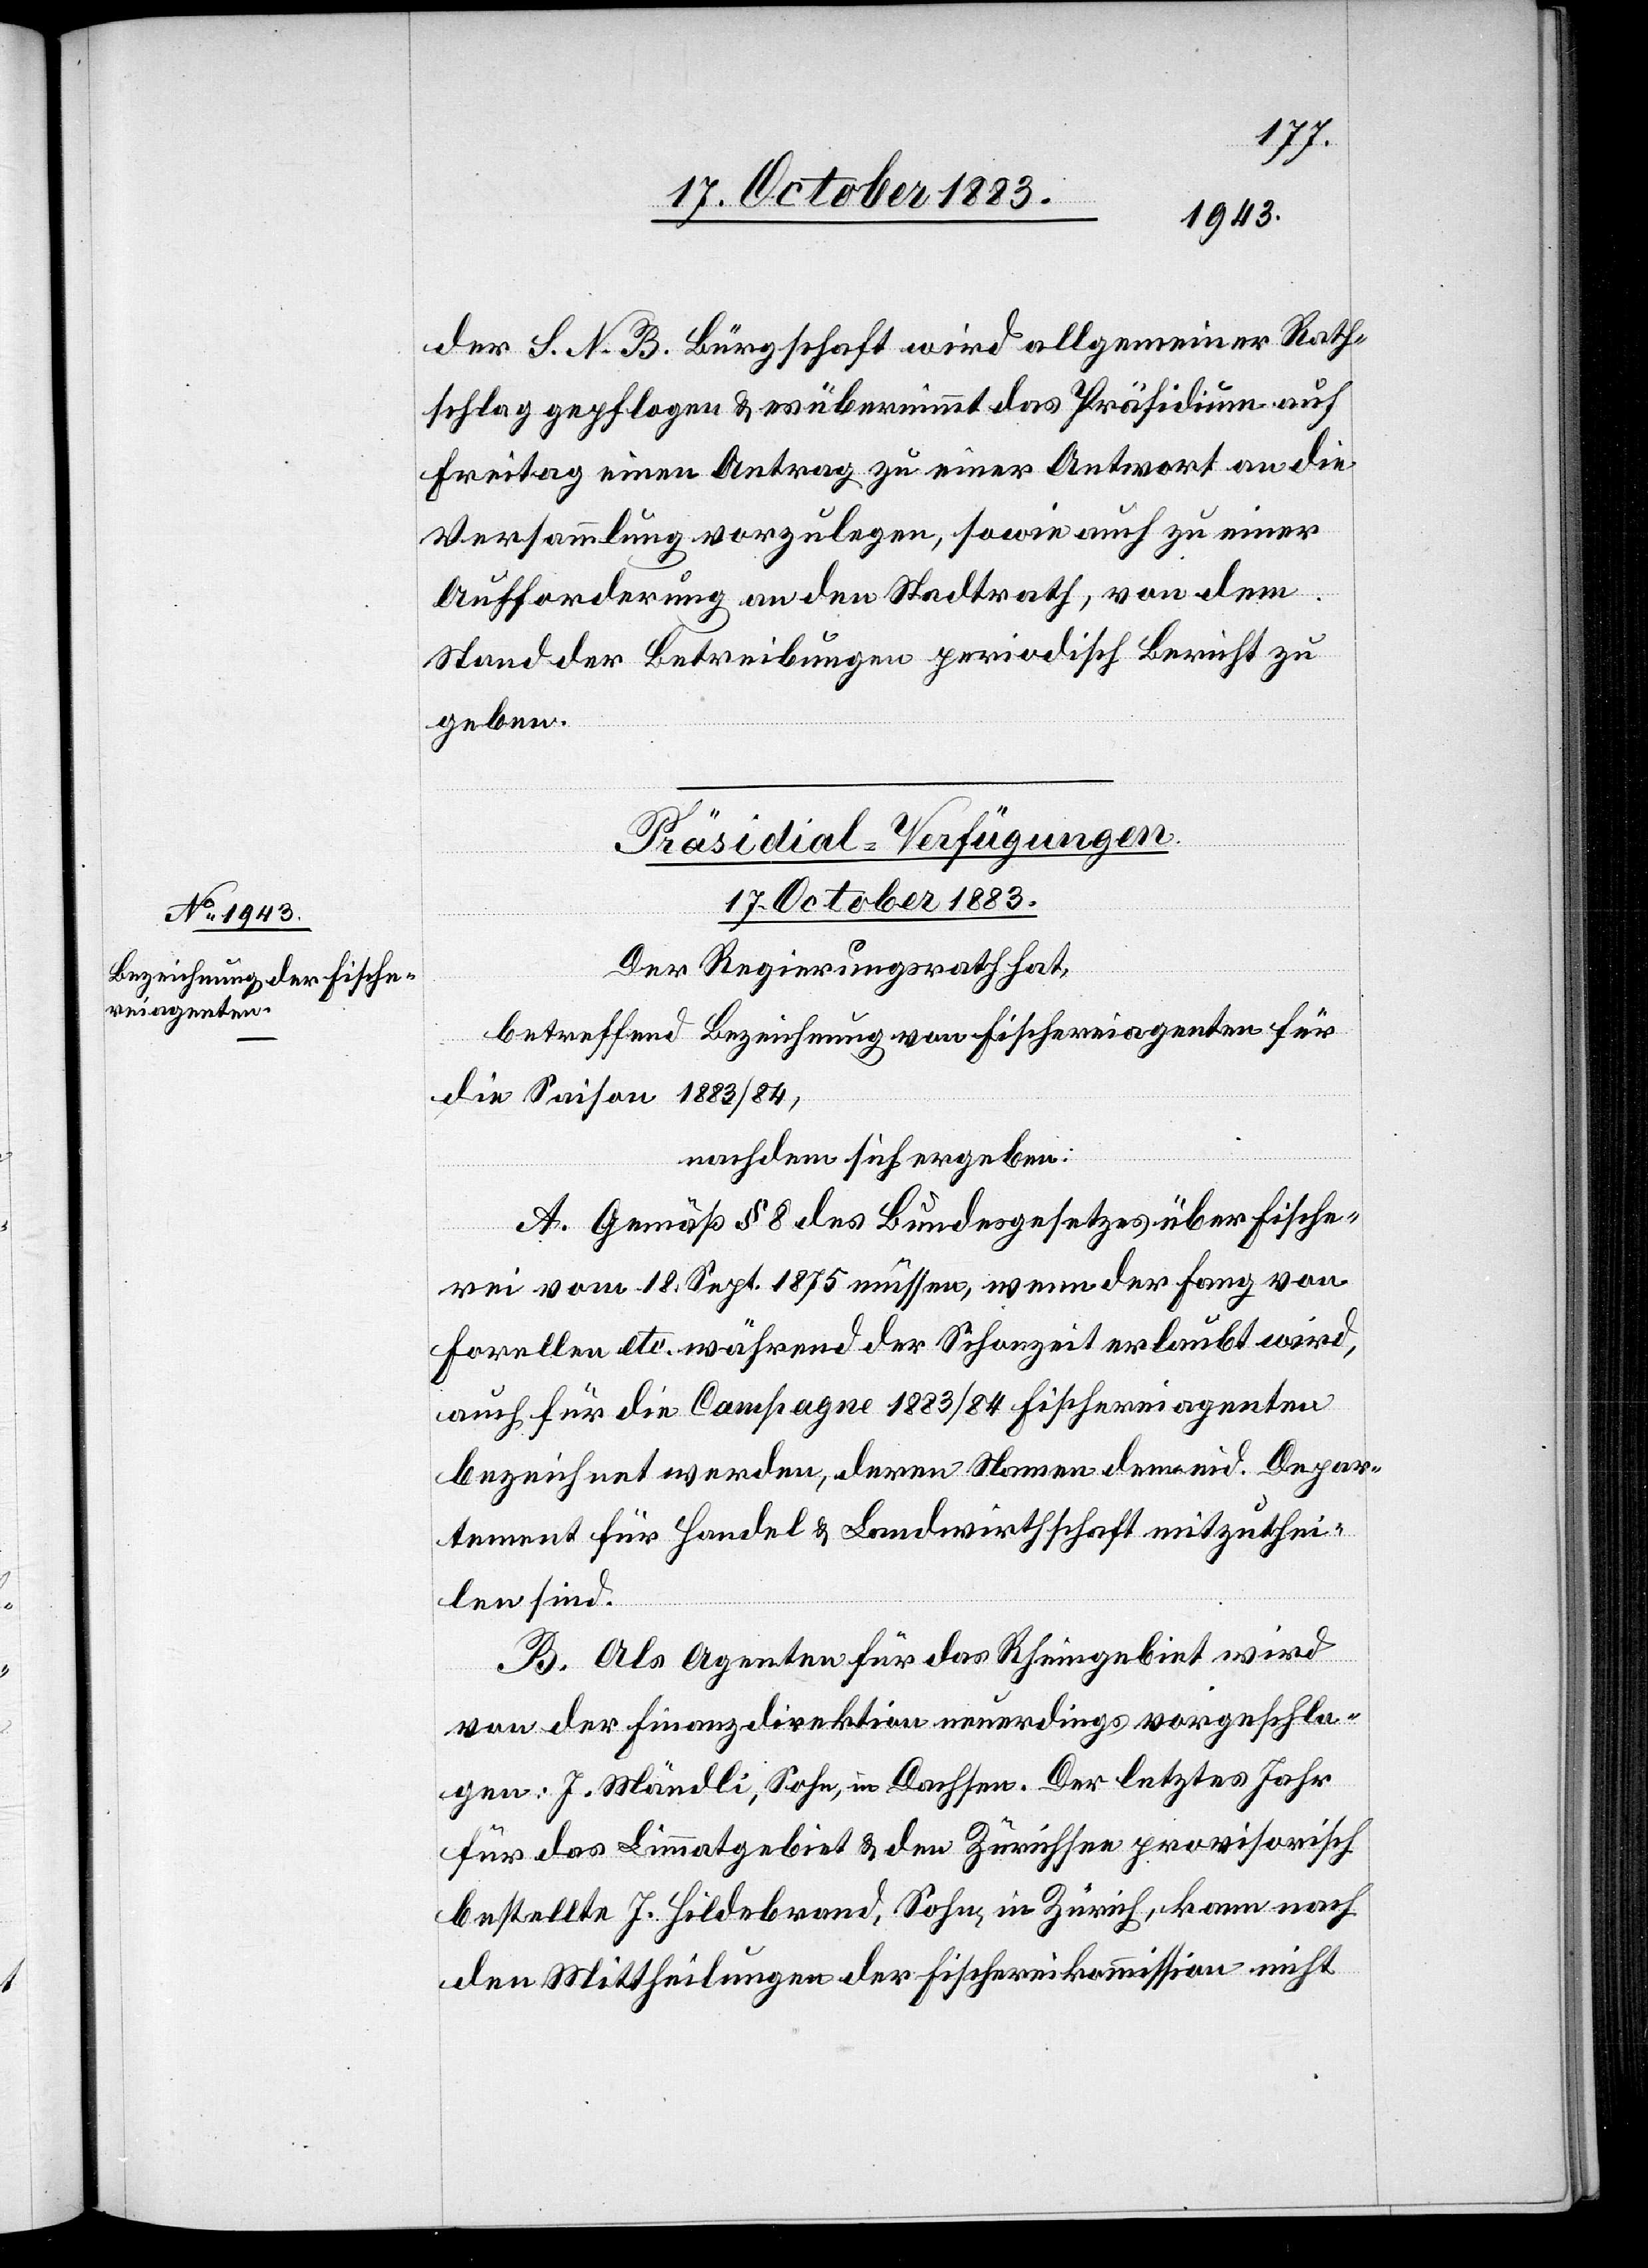
der S. N. B. Bürgschaft wird allgemeiner Rath¬
schlag gepflogen & es übernimmt das Präsidium auf
Freitag einen Antrag zu einer Antwort an die
Versammlung vorzulegen, sowie auch zu einer
Aufforderung an den Stadtrath, von dem
Stand der Betreibungen periodisch Bericht zu
geben.
Präsidial-Verfügungen.
17. October 1883.
Der Regierungsrath hat,
betreffend Bezeichnung von Fischereiagenten für
die Saison 1883/84,
nachdem sich ergeben:
A. Gemäß § 8 des Bundesgesetzes über Fische¬
rei vom 18. Sept. 1875 müssen, wenn der Fang von
Forellen etc. während der Schonzeit erlaubt wird,
auch für die Campagne 1883/84 Fischereiagenten
bezeichnet werden, deren Namen dem eid. Depar¬
tement für Handel & Landwirthschaft mitzuthei¬
len sind.
B. Als Agenten für das Rheingebiet wird
von der Finanzdirektion neuerdings vorgeschla¬
gen: J. Mändli, Sohn, in Dachsen. Der letztes Jahr
für das Limmatgebiet & den Zürichsee provisorisch
bestellte J. Hildebrand, Sohn, in Zürich, kann nach
den Mittheilungen der Fischereikommission nicht